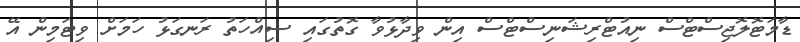
ޑާމަޓޮލޮޖިސްޓްސް ނިއުޓްރިޝަނިސްޓްސް އިން ވިދާޅުވާ ގޮތުގައި ސިއްހަތު ރަނގަޅު ހަމަށް ވިޓަމިން އޭ